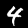
Digit: 4